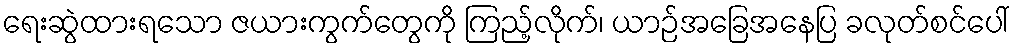
ရေးဆွဲထားရသော ဇယားကွက်တွေကို ကြည့်လိုက်၊ ယာဉ်အခြေအနေပြ ခလုတ်စင်ပေါ်